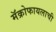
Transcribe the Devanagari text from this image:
मॅक्रोफायलाची